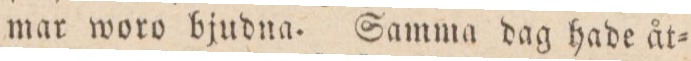
mar woro bjudna. Samma dag hade åt=